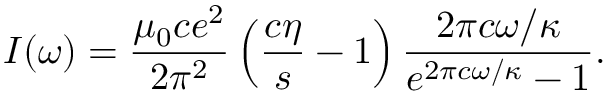
I ( \omega ) = \frac { \mu _ { 0 } c e ^ { 2 } } { 2 \pi ^ { 2 } } \left( \frac { c \eta } { s } - 1 \right) \frac { 2 \pi c \omega / \kappa } { e ^ { 2 \pi c \omega / \kappa } - 1 } .